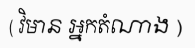
( វិមាន អ្នកតំណាង )